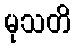
မုသတိ